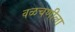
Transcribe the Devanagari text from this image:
वळचणीला